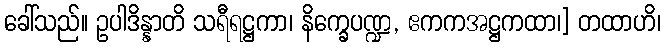
ခေါ်သည်။ ဥပါဒိန္နာတိ သရီရဋ္ဌကာ၊ နိက္ခေပဏ္ဍ, ဧကကအဋ္ဌကထာ၊] တထာဟိ၊